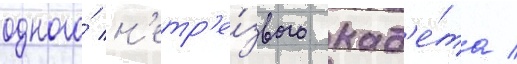
одного́ н'етр'е́звого кад'е́та /